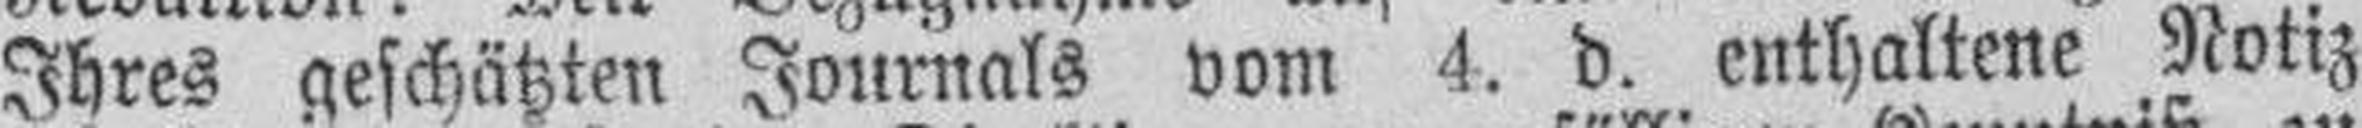
Ihres geschätzten Journals vom 4. d. enthaltene Notiz